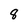
Character: 8